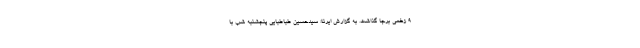
۹ زخمی برجا گذاشت. به گزارش ایرنا؛ سیدحسین طباطبایی پنجشنبه شب با